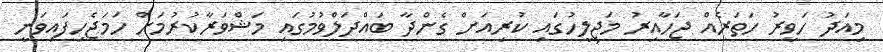
މިއަދު ހަވީރު ހަތަރެއް ޖަހާއިރު މަޖިލީހުގައި ކުރިއަށް ގެންދާ ބައްދަލްވުމުގައި މަޝްވަރާކުރުމަށް ހަމަޖެހިފައިވަނީ